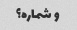
و شماره؟